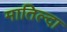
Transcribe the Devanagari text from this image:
मातिल्दा